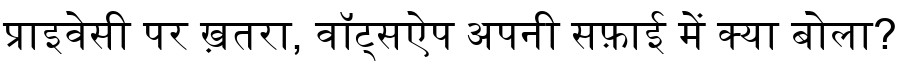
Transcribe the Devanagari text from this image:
प्राइवेसी पर ख़तरा, वॉट्सऐप अपनी सफ़ाई में क्या बोला?